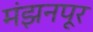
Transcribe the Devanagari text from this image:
मंझनपूर